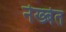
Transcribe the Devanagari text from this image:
नेख्बेत